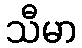
သီမာ